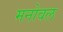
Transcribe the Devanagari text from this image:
मनोवल